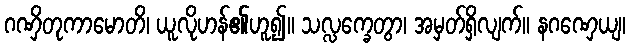
ဂဏှိတုကာမောတိ၊ ယူလိုဟန်၏ဟူ၍။ သလ္လက္ခေတွာ၊ အမှတ်ရှိလျက်။ နဂဏှေယျ၊